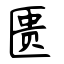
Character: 匮